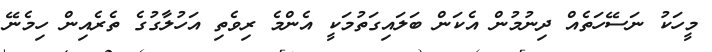
މީހަކު ނަސޭހަތެއް ދިނުމުން އެކަން ބަލައިގަތުމަކީ އެންމެ ރިވެތި އަހުލާގުގެ ތެރެއިން ހިމެނޭ